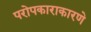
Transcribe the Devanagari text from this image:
परोपकाराकारणे